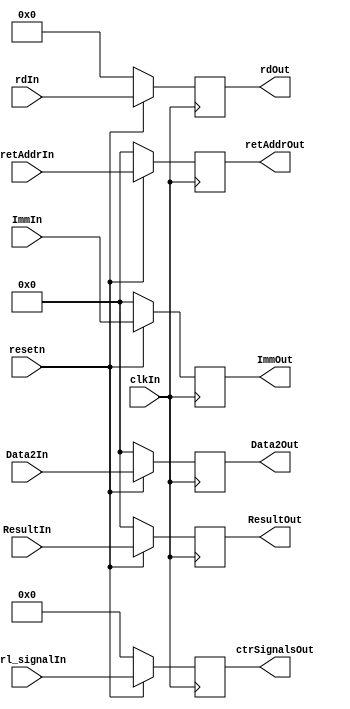
`timescale 1ns / 1ps
//////////////////////////////////////////////////////////////////////////////////
// Company: 
// Engineer: 
// 
// Design Name: 
// Module Name: MEMWBReg
// Project Name: 
// Target Devices: 
// Tool Versions: 
// Description: 
// 
// Dependencies: 
// 
// Revision:
// Revision 0.01 - File Created
// Additional Comments:
// 
//////////////////////////////////////////////////////////////////////////////////


module MEMWBReg(clkIn,resetn,rdIn,retAddrIn,ImmIn,Data2In,ResultIn,Ctrl_signalIn,rdOut,retAddrOut,ImmOut,Data2Out,ResultOut,ctrSignalsOut);
input clkIn;
input resetn;
input[4:0] rdIn;
input[31:0] retAddrIn;
input[31:0] ImmIn;
input[31:0] Data2In;
input[31:0] ResultIn;
input[11:0] Ctrl_signalIn;
output reg [4:0] rdOut;
output reg [31:0] retAddrOut;
output reg [31:0] ImmOut;
output reg [31:0] Data2Out;
output reg [31:0] ResultOut;
output reg [11:0] ctrSignalsOut;

always @(posedge clkIn) begin
   if(~resetn)begin
      rdOut<=5'b0;
      retAddrOut<=32'b0;
      ImmOut<=32'b0;
      Data2Out<=32'b0;
      ResultOut<=32'b0;
      ctrSignalsOut<=3'b0;
   end
   else begin
      rdOut<=rdIn;
      retAddrOut<=retAddrIn;
      ImmOut<=ImmIn;
      Data2Out<=Data2In;
      ResultOut<=ResultIn;
      ctrSignalsOut<=Ctrl_signalIn;
   end
end

endmodule